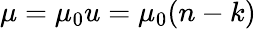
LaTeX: \mu=\mu_{0}u=\mu_{0}(n-k)